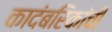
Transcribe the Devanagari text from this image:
कादंबरिकांची